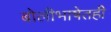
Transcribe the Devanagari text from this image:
बोलीभाषेतही